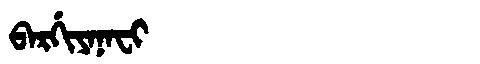
Manchu: ᠪᠠᡵᡤᡳᠶᠠᠨᠠᠸᡳ
Romanization: BARGIYANAFI